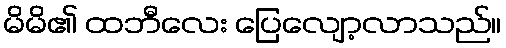
မိမိ၏ ထဘီလေး ပြေလျော့လာသည်။